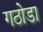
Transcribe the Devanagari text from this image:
गठोडा